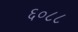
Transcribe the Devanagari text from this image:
६०८८